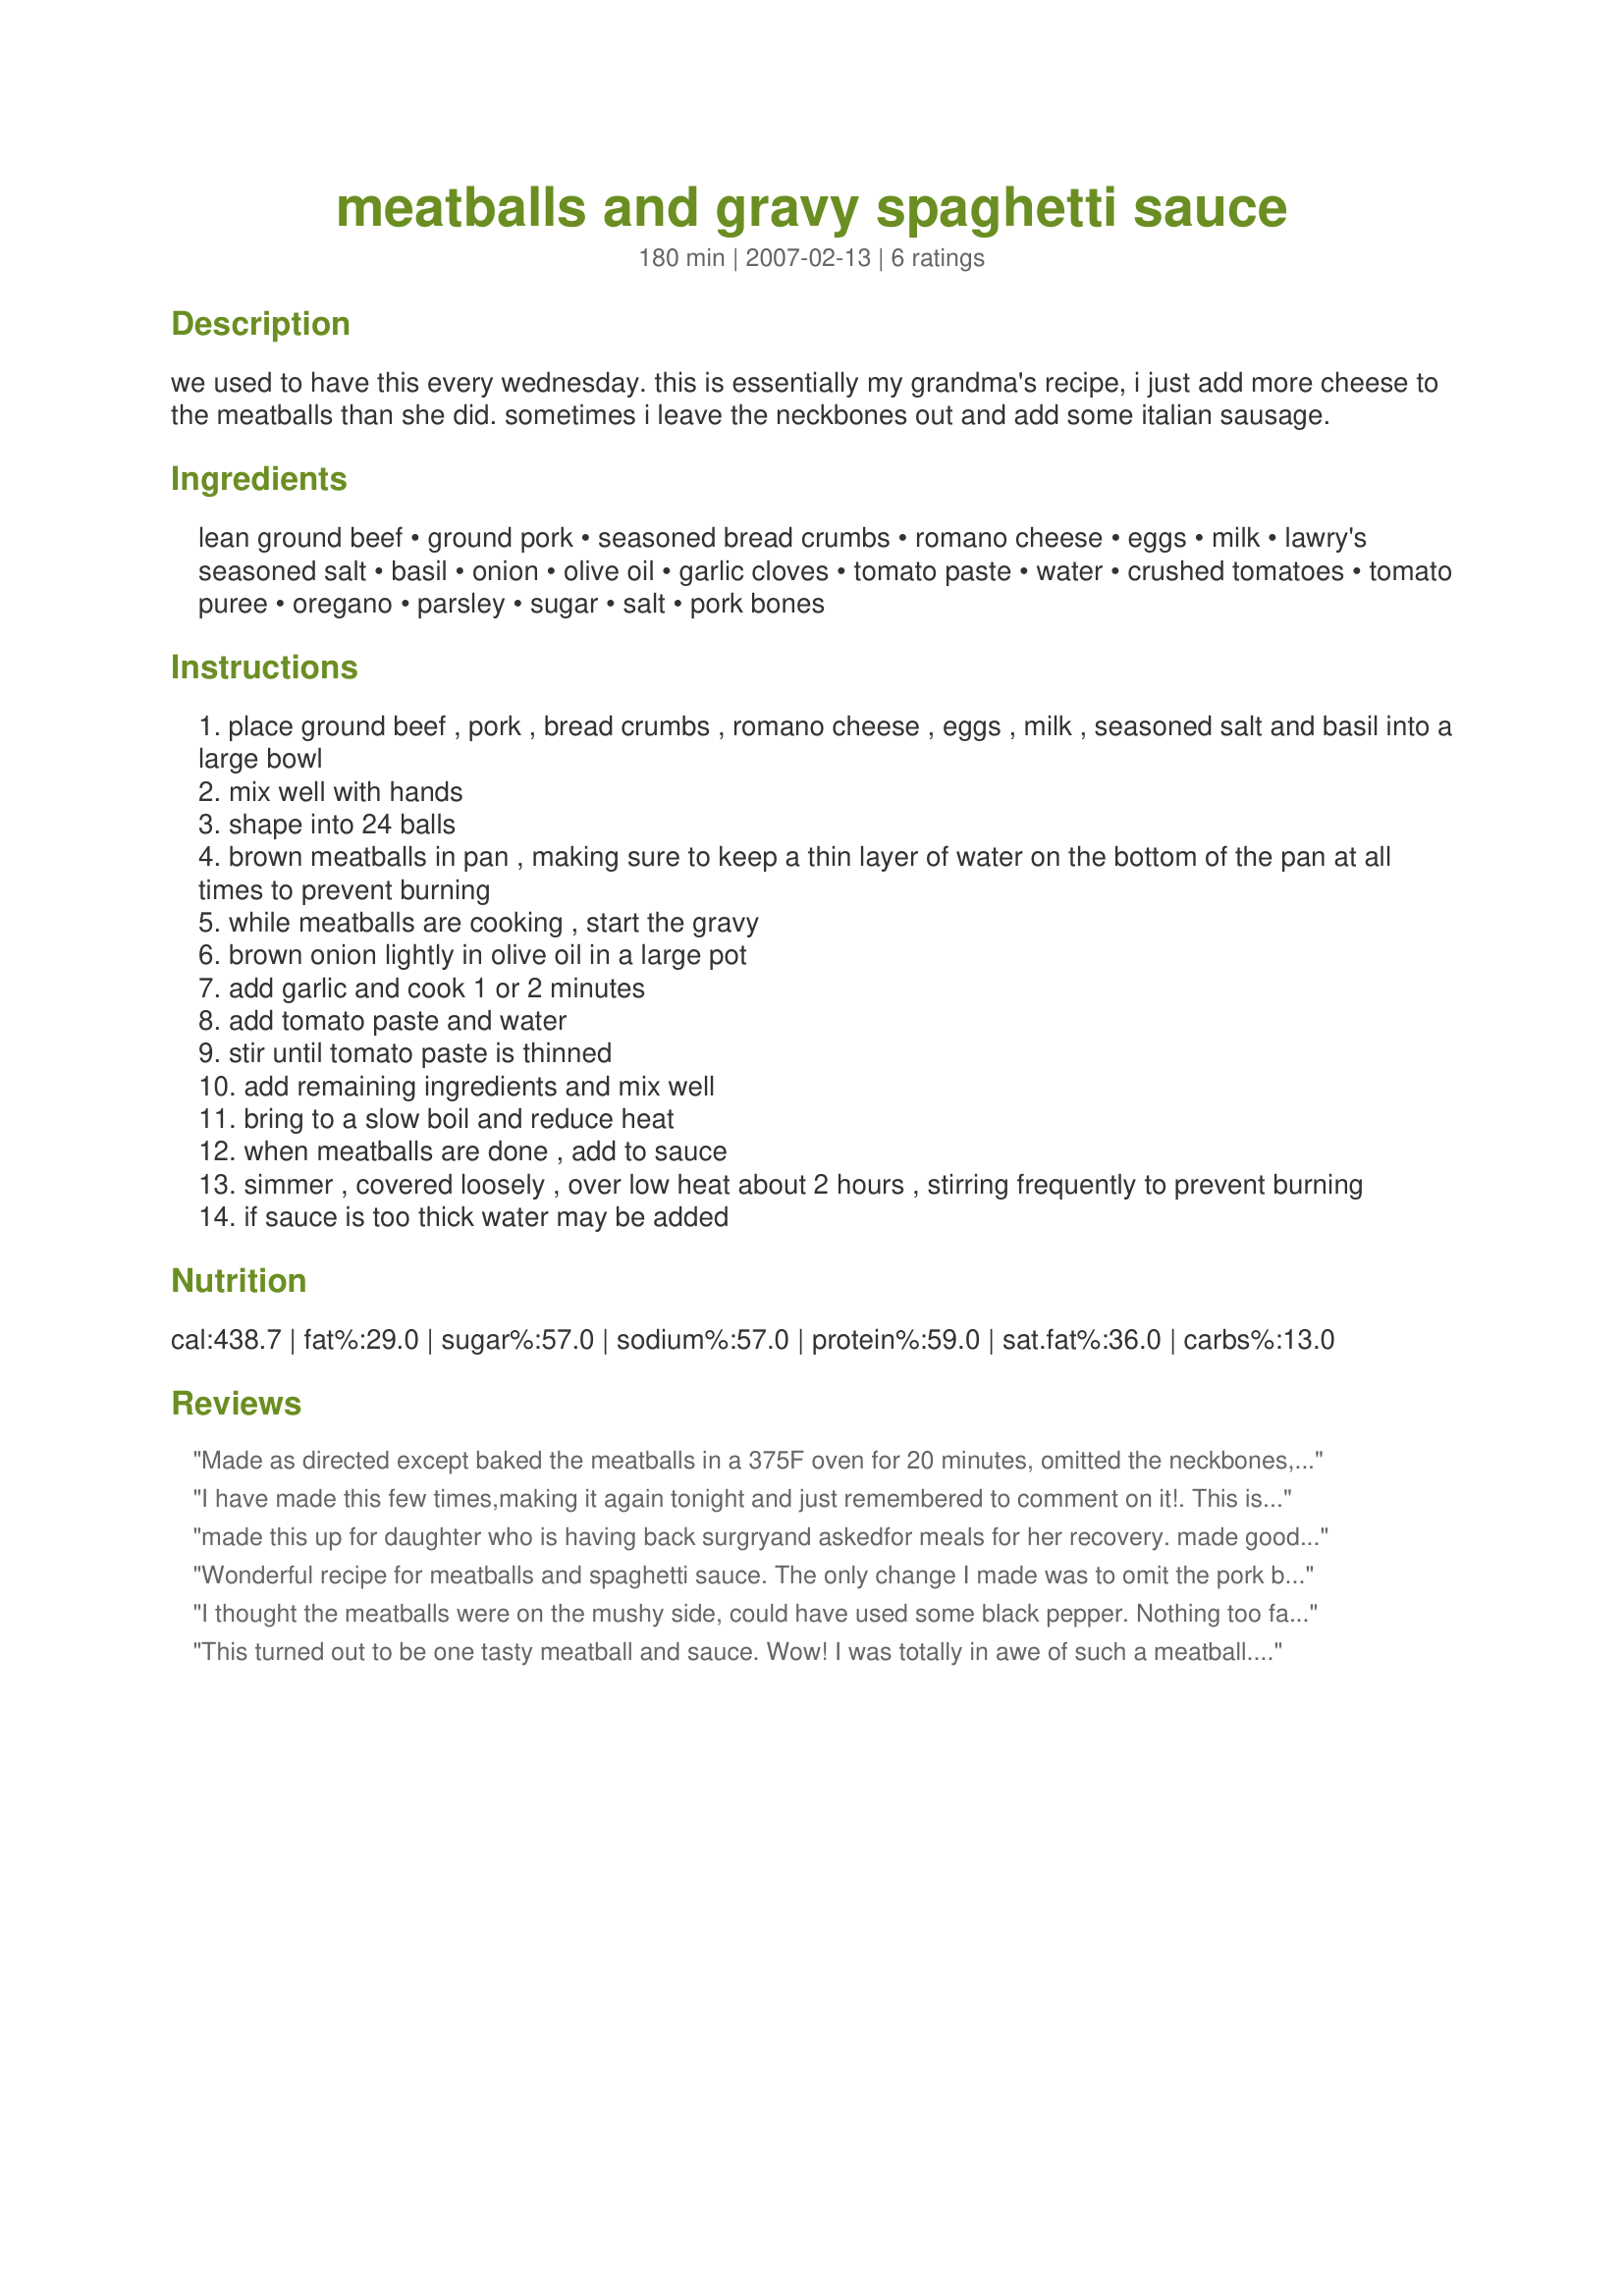
meatballs and gravy spaghetti sauce
Preparation time: 180 minutes

we used to have this every wednesday. this is essentially my grandma's recipe, i just add more cheese to the meatballs than she did. sometimes i leave the neckbones out and add some italian sausage.

Ingredients:
lean ground beef, ground pork, seasoned bread crumbs, romano cheese, eggs, milk, lawry's seasoned salt, basil, onion, olive oil, garlic cloves, tomato paste, water, crushed tomatoes, tomato puree, oregano, parsley, sugar, salt, pork bones

Steps:
place ground beef , pork , bread crumbs , romano cheese , eggs , milk , seasoned salt and basil into a large bowl
mix well with hands
shape into 24 balls
brown meatballs in pan , making sure to keep a thin layer of water on the bottom of the pan at all times to prevent burning
while meatballs are cooking , start the gravy
brown onion lightly in olive oil in a large pot
add garlic and cook 1 or 2 minutes
add tomato paste and water
stir until tomato paste is thinned
add remaining ingredients and mix well
bring to a slow boil and reduce heat
when meatballs are done , add to sauce
simmer , covered loosely , over low heat about 2 hours , stirring frequently to prevent burning
if sauce is too thick water may be added

Reviews:
Made as directed except baked the meatballs in a 375F oven for 20 minutes, omitted the neckbones, and added more tomato paste to the sauce because we love a thick sauce. The sauce is wonderful as is the meatballs. You actually taste the meat. :) They were also very tender. Your grandma is one special lady. Thanks for sharing.
I have made this few times,making it again tonight and just remembered to comment on it!. This is absolutely scrumptious! the only thing i do differently is omit the neckbones,put extra cheese and fresh basil in meatballs and add about a cup of white wine and few basil leaves into the gravy!!my family loves it and wants me to make it all the time! thanks for sharing this great recipe :):)
made this up for daughter who is having back surgryand askedfor meals for her recovery. made good amount of sauce used beef bones no pork. made double the amount of meatballs. now in freezer two pkgs fo 10 meatball and sauce for her house but 2 pkgs of 6 for my house,and used the sauce to make her a baked ziti. will re edit when everyone eats , but i also eats a meatball after making them cooks treat. thanks again
Wonderful recipe for meatballs and spaghetti sauce. The only change I made was to omit the pork bones because I couldn't find them in the store. This recipe has just the right amount of garlic and seasonings. I added fresh chopped parsley at the end of cooking and served it with spaghetti cooked by using recipe #30358, and sprinkled each serving with grated parmesan cheese. The remaining sauce was frozen in meal-size portions. I think the meatballs and a little of the sauce would be great on a submarine bun with some melted mozzarella cheese on top, and served with a side of french fries and cole slaw too.
I thought the meatballs were on the mushy side, could have used some black pepper. Nothing too fantastic.
This turned out to be one tasty meatball and sauce. Wow! I was totally in awe of such a meatball. I really liked this recipe tons. I used combination of the ground pork/ground beef, and when cooking I took special note of the bit of water in the bottom of the pan to prevent the meatballs from browning to much and to quickly. This was really nice especially with the addition of seasoning salt- I use a no salt brand, it gave a real nice taste. The "gravy" was started from the tomatoes I had frozen whole from the summer, and I swear you could almost smell the garden again after fixing this gravy. Everything was perfect, seriously I wouldn't change really anything because this was perfect, bubbling away, and bringing me back memories of hot summer breezes. Thanks, Jennifer ~ will use lots!
